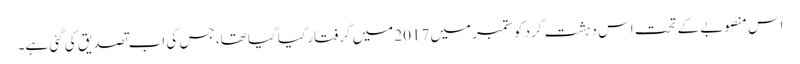
اس منصوبے کے تحت اس دہشت گرد کو ستمبر میں 2017 میں گرفتار کیا گیا تھا، جس کی اب تصدیق کی گئی ہے۔